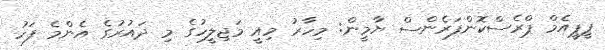
ޕީޕީއެމް ޕްރެސްކޮންފަރެންސް ޔާމީން: މިހާރު މިއީ މަޖިލީހުގެ މި ދައުރުގެ އެންމެ ފަހު